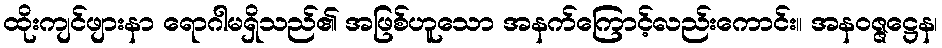
ထိုးကျင်ဖျားနာ ရောဂါမရှိသည်၏ အဖြစ်ဟူသော အနက်ကြောင့်လည်းကောင်း။ အနဝဇ္ဇဋ္ဌေန၊